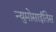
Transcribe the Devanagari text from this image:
न्युमोसाईतिस